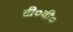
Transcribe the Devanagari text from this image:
टी०वी०